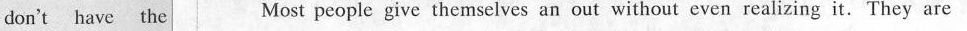
don't have the Most people give themselves an out without even realizing it.They are